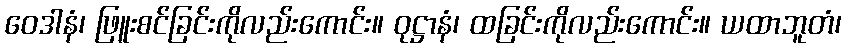
ဝေဒါနံ၊ ဖြူးစင်ခြင်းကိုလည်းကောင်း။ ဝုဋ္ဌာနံ၊ ထခြင်းကိုလည်းကောင်း။ ယထာဘူတံ၊